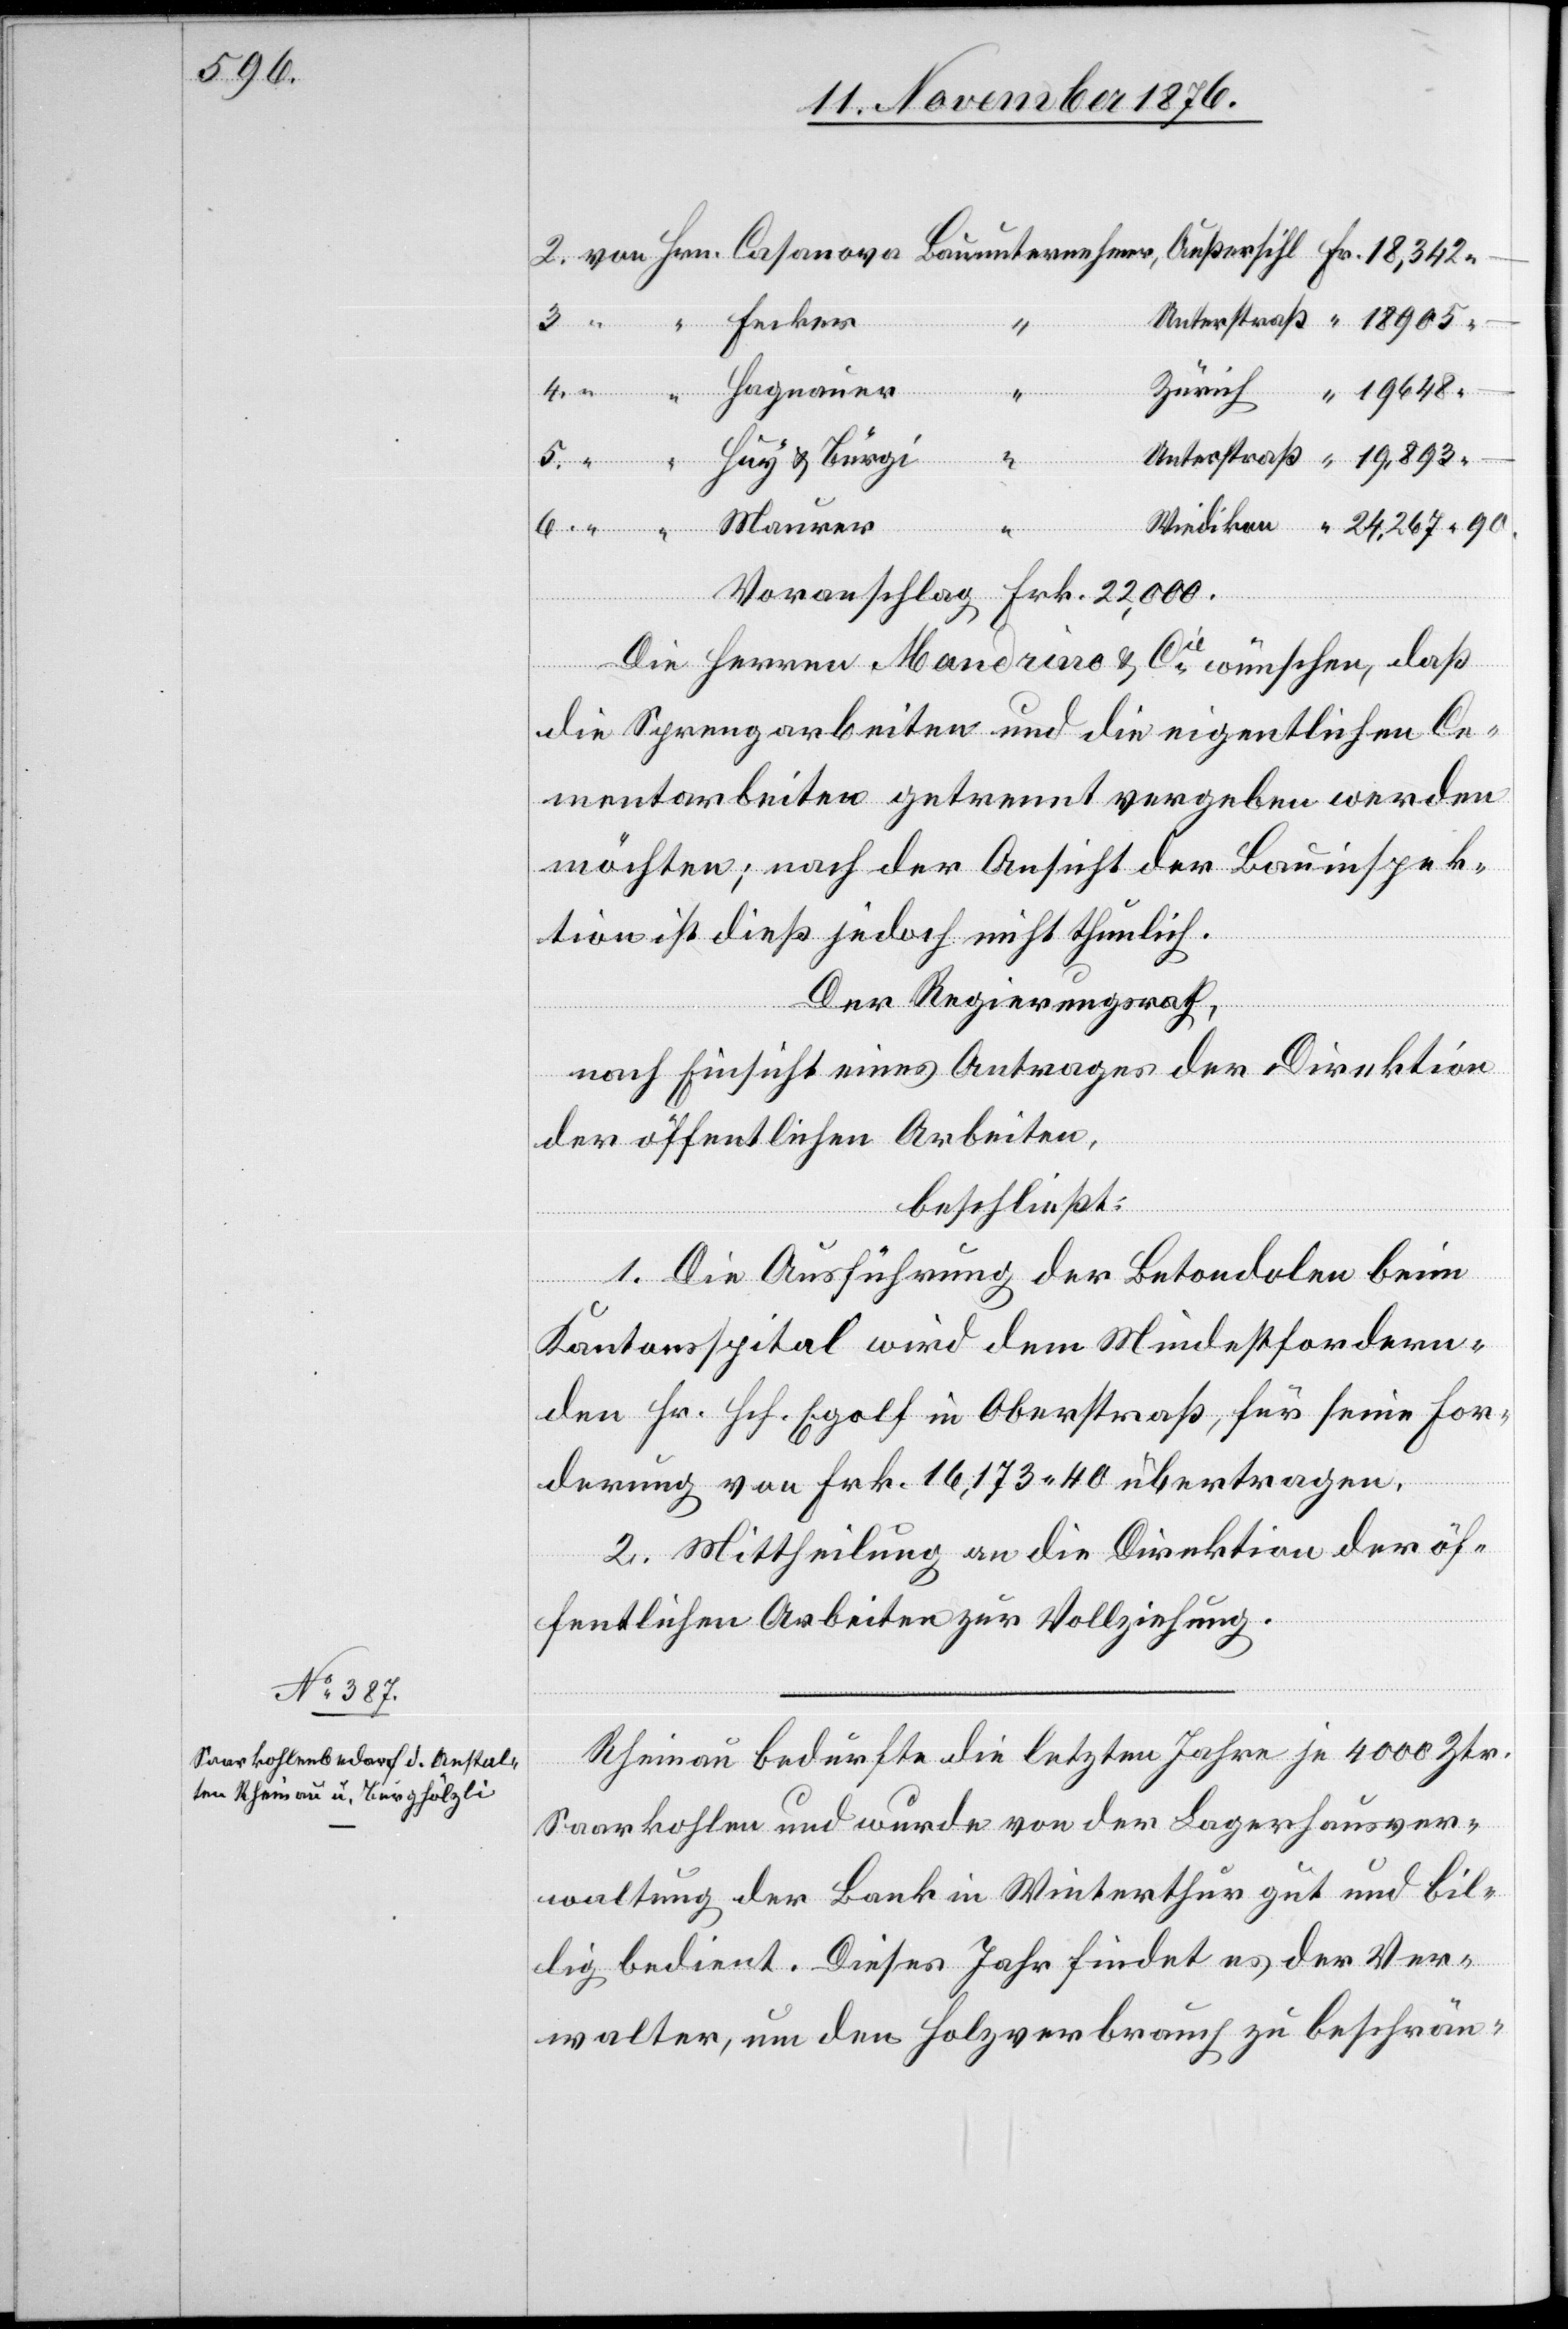
13. November 1876.]
6.
4.
–
l-Verfügungen
Voranschlag Frk. 22,000.
Die Herren Mandrino & Cie wünschen, daß
die Sprengarbeiten und die eigentlichen Ce¬
mentarbeiten getrennt vergeben werden
möchten; nach der Ansicht der Bauinspek¬
tion ist dieß jedoch nicht thunlich.
Der Regierungsrath,
nach Einsicht eines Antrages der Direktion
der öffentlichen Arbeiten,
beschließt:
1. Die Ausführung der Betondolen beim
Kantonsspital wird dem Mindestfordern¬
den Hr. Hch. Egolf in Oberstraß, für seine For¬
derung von Frk. 16,173 40 übertragen.
2. Mittheilung an die Direktion der öf¬
fentlichen Arbeiten zur Vollziehung.
Rheinau bedurfte die letzten Jahre je 4000 Ztr.
Saarkohlen und wurde von der Lagerhausver¬
waltung der Bank in Winterthur gut und bil¬
lig bedient. Dieses Jahr findet es der Ver¬
walter, um den Holzverbrauch zu beschrän-